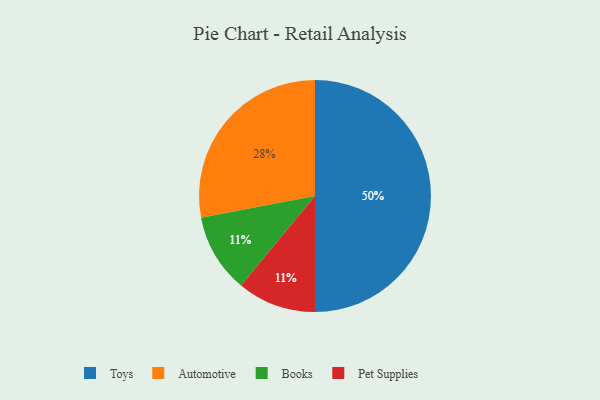
{"axis": {"x": "Category", "y": "Percentage"}, "legend": ["Automotive", "Books", "Pet Supplies", "Toys"], "data": [{"x": "Toys", "y": 50, "type": "Toys"}, {"x": "Books", "y": 11, "type": "Books"}, {"x": "Pet Supplies", "y": 11, "type": "Pet Supplies"}, {"x": "Automotive", "y": 28, "type": "Automotive"}]}